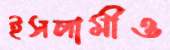
ইসলামীও